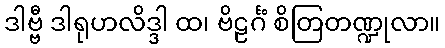
ဒါဗ္ဗီ ဒါရုဟလိဒ္ဒါ ထ၊ ဗိဠင်္ဂံ စိတြတဏ္ဍုလာ။